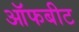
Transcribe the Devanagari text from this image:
ऑफबीट